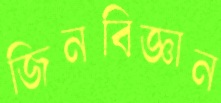
জিনবিজ্ঞান